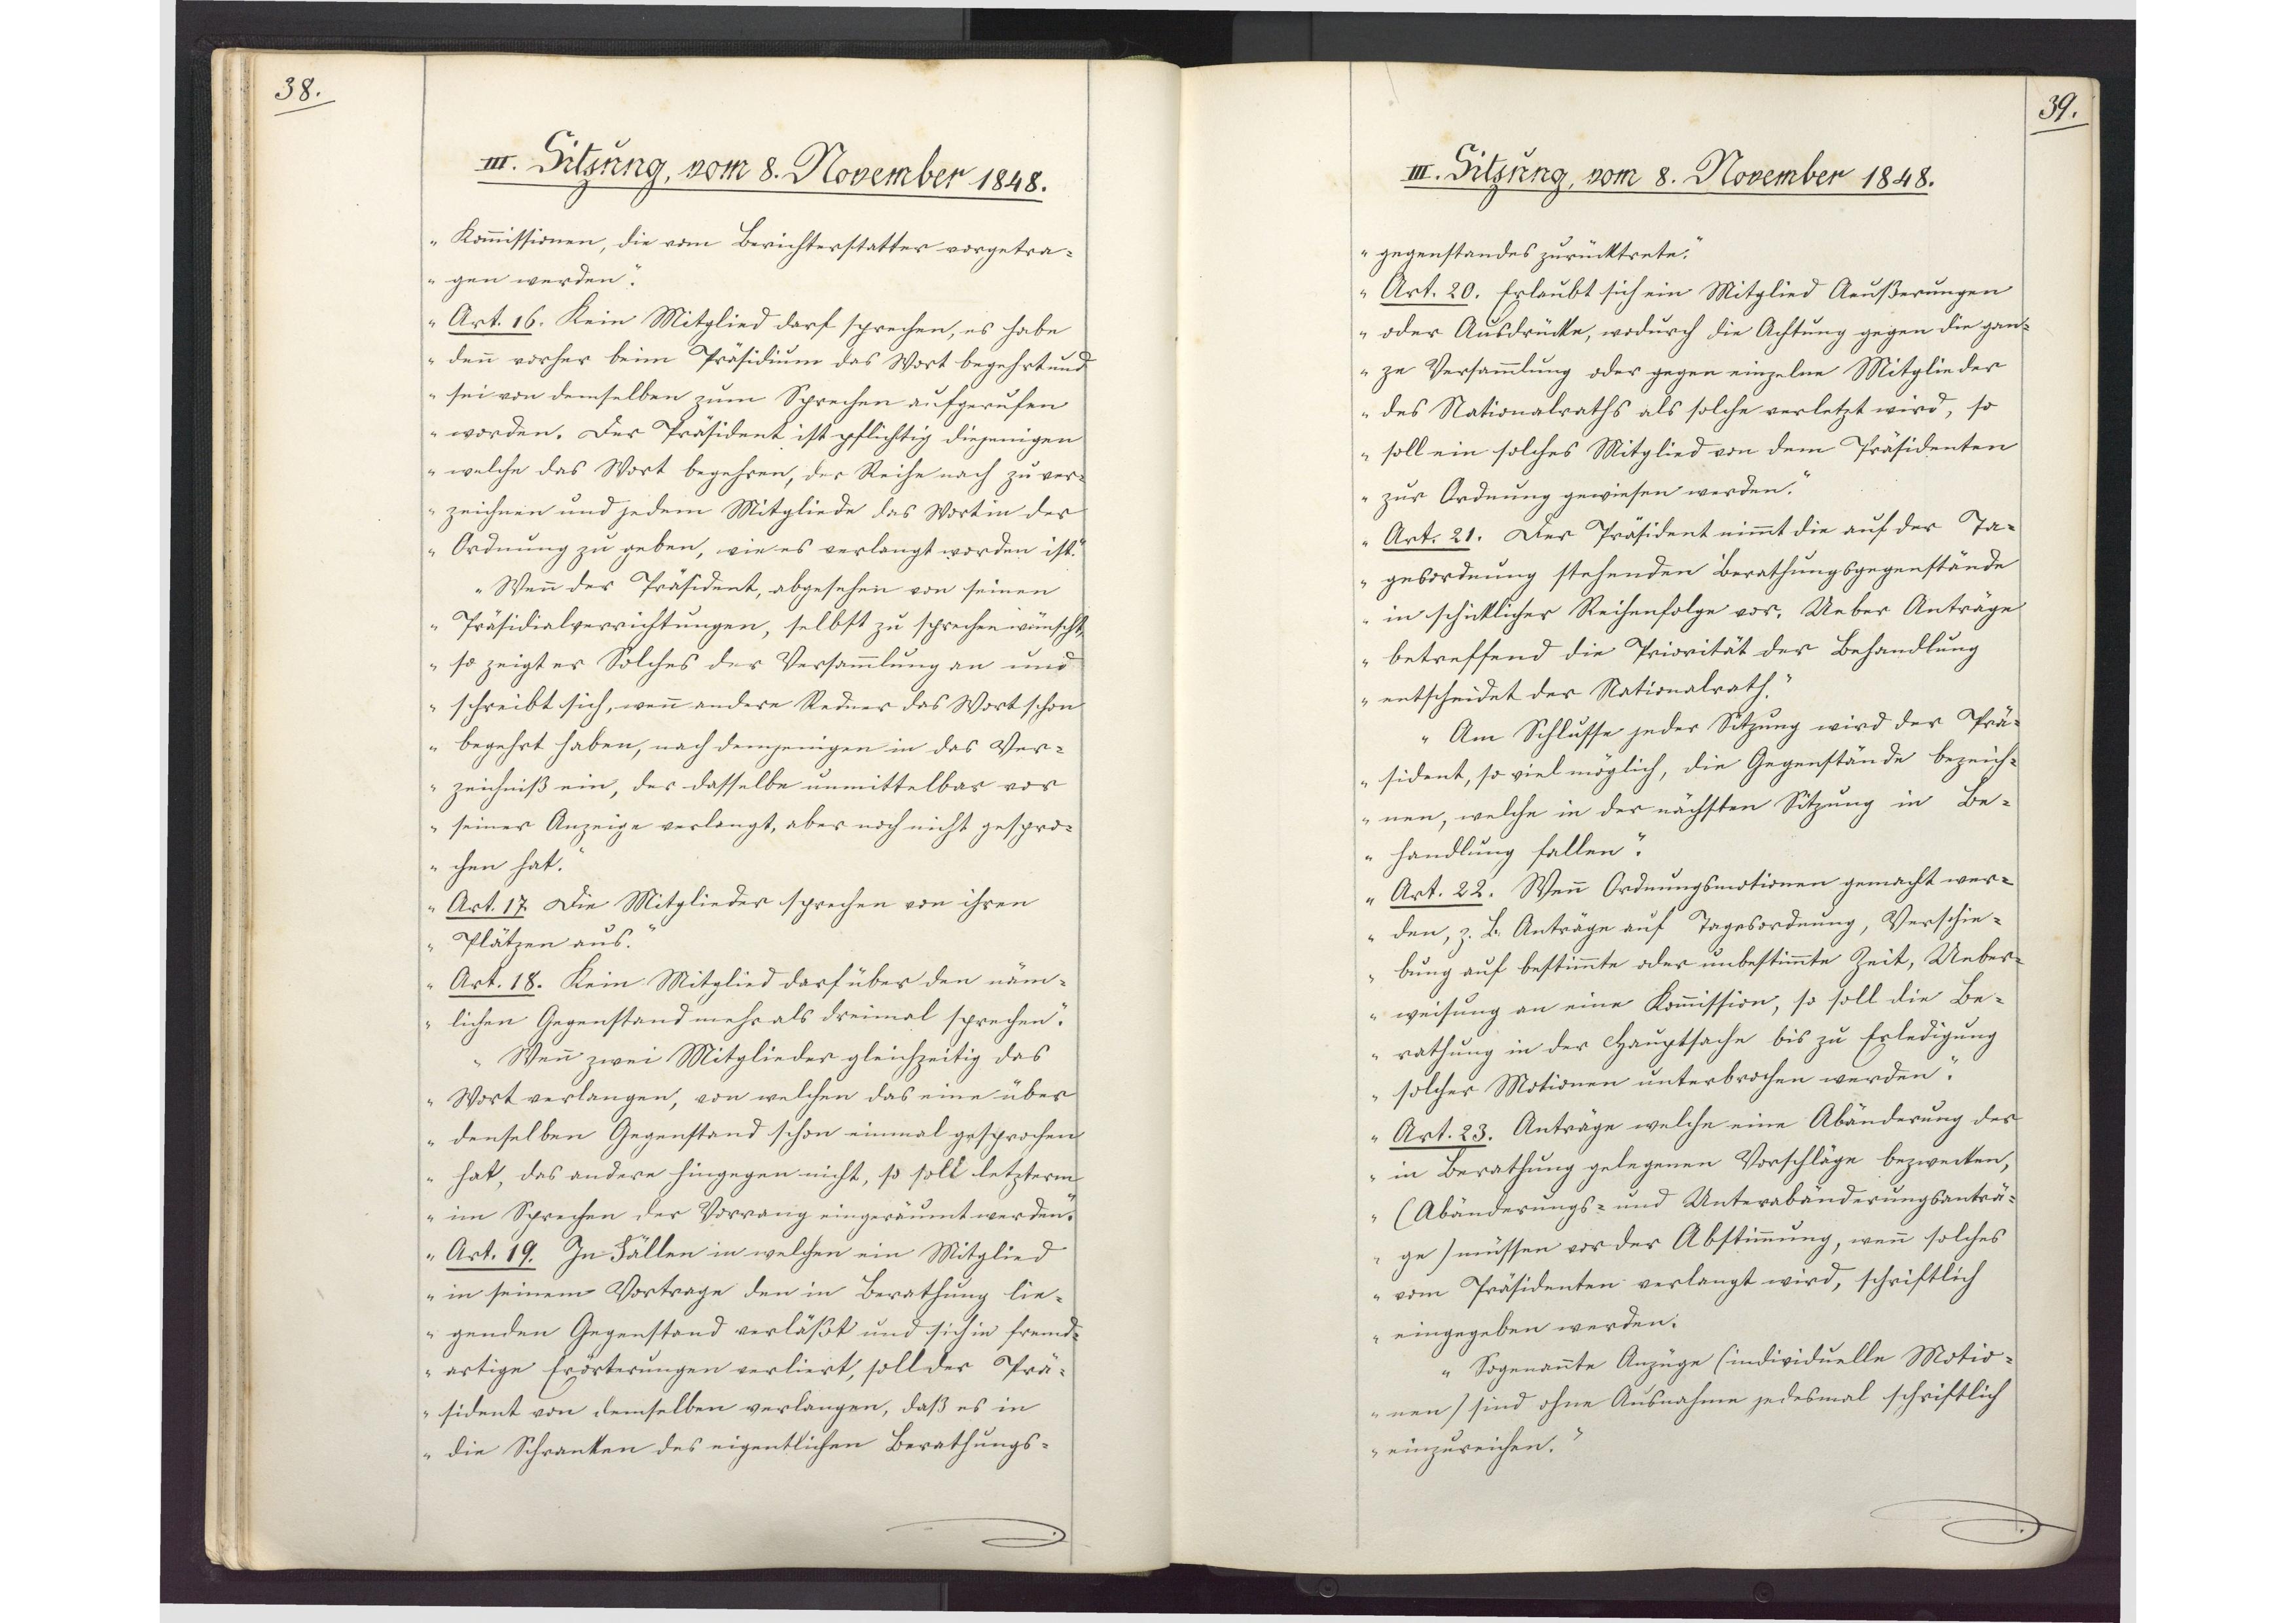
38.

III. Sitzung, vom 8. November 1848.
Kommissionen, die vom Berichterstatter vorgetra¬

gen werden.
Art. 16. Kein Mitglied darf sprechen, es habe
denn vorher beim Präsidium das Wort begehrt und
sei von demselben zum Sprechen aufgerufen
worden. Der Präsident ist pflichtig diejenigen
welche das Wort begehren, der Reihe nach zu ver¬
zeichnen und jedem Mitgliede das Wort in der
Ordnung zu geben, wie es verlangt worden ist.
Wenn der Präsident, abgesehen von seinen
Präsidialverrichtungen, selbst zu sprechen wünscht,
so zeigt er Solches der Versammlung an und
schreibt sich, wenn andere Redner das Wort schon
begehrt haben, nach demjenigen in das Ver¬
zeichniß ein, der dasselbe unmittelbar vor
seiner Anzeige verlangt, aber noch nicht gespro¬
chen hat.
Art. 17. Die Mitglieder sprechen von ihren
Plätzen aus.
Art. 18. Kein Mitglied darf über den näm¬
lichen Gegenstand mehr als dreimal sprechen.
Wenn zwei Mitglieder gleichzeitig das
Wort verlangen, von welchen das eine über
denselben Gegenstand schon einmal gesprochen
hat, das andere hingegen nicht, so soll letzterm
im Sprechen der Vorrang eingeräumt werden.
Art. 19. In Fällen in welchen ein Mitglied
in seinem Vortrage den in Berathung lie¬
genden Gegenstand verläßt und sich in fremd¬
artige Erörterungen verliert, soll der Prä¬
sident von demselben verlangen, daß es in
die Schranken des eigentlichen Berathungs¬

39.

III. Sitzung, vom 8. November 1848.

gegenstandes zurücktrete.
Art. 20. Erlaubt sich ein Mitglied Aeußerungen
oder Ausdrücke, wodurch die Achtung gegen die gan¬
ze Versammlung oder gegen einzelne Mitglieder
des Nationalraths als solche verletzt wird, so
soll ein solches Mitglied von dem Präsidenten
zur Ordnung gewiesen werden.
Art. 21. Der Präsident nimmt die auf der Ta¬
gesordnung stehenden Berathungsgegenstände
in schicklicher Reihenfolge vor. Ueber Anträge
betreffend die Priorität der Behandlung
entscheidet der Nationalrath.
Am Schlusse jeder Sitzung wird der Prä¬
sident, so viel möglich, die Gegenstände bezeich¬
nen, welche in der nächsten Sitzung in Be¬
handlung fallen.
Art. 22. Wenn Ordnungsmotionen gemacht wer¬
den, z. B. Anträge auf Tagesordnung, Verschie¬
bung auf bestimmte oder unbestimmte Zeit, Ueber¬
weisung an eine Kommission, so soll die Be¬
rathung in der Hauptsache bis zu Erledigung
solcher Motionen unterbrochen werden.
Art. 23. Anträge welche eine Abänderung der
in Berathung gelegenen Vorschläge bezwecken,
(Abänderungs- und Unterabänderungsanträ¬
ge) müssen vor der Abstimmung, wenn solches
vom Präsidenten verlangt wird, schriftlich
eingegeben werden.
Sogenannte Anzüge (individuelle Motio¬
nen) sind ohne Ausnahme jedesmal schriftlich
einzureichen.